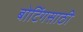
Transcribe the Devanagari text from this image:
बोटिंगसाठी